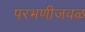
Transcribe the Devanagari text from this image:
परभणीजवळ